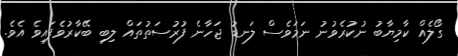
ގޯލެއް ކާމިޔާބު ނުކުރެވުނު ނަމަވެސް ލަނޑު ޖަހާނެ ފުރުސަތުތައް ލިބި ބޭކާރުވެފައިވެ އެވެ.